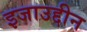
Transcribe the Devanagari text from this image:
इजाउद्दीन